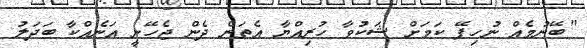
"ބޭނުމެއް ނުހިފޭ ކަމަށް ޝަކުވާ ހުރިއްޔާ އެތަން ދެން ޖެހޭނީ އަނެއްކާ ބަދަލު